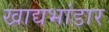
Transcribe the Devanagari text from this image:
खाद्यभांडार